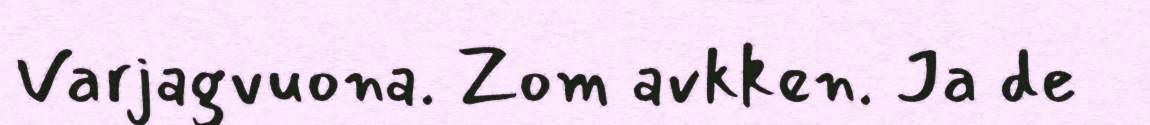
Varjagvuona. Zom avkken. Ja de